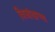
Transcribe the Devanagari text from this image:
बिजांडाच्या